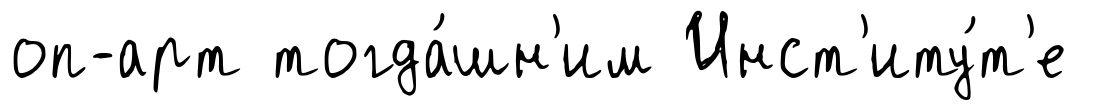
оп-арт тогда́шн'им Инст'иту́т'е